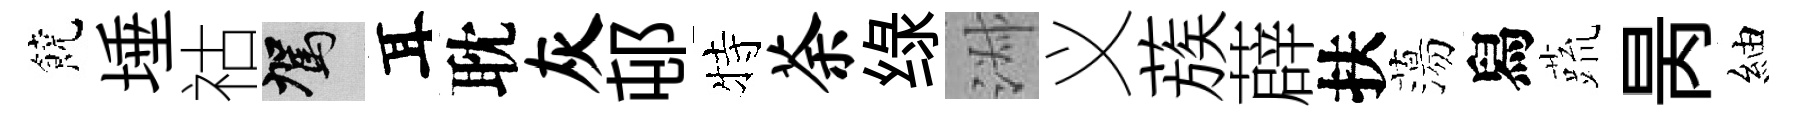
饒埵祜駕耳耽灰邨特荼绿淑义蔟薜扶蕩舄蔬昺紬